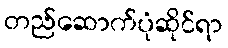
တည်ဆောက်ပုံဆိုင်ရာ